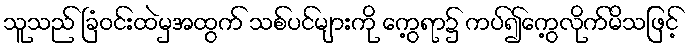
သူသည် ခြံဝင်းထဲမှအထွက် သစ်ပင်များကို ကွေ့ရာ၌ ကပ်၍ကွေ့လိုက်မိသဖြင့်